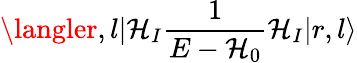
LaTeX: \langler,l|\mathcal{H}_{I}{\frac{{1}}{{E-\mathcal{H}_{0}}}}\mathcal{H}_{I}|r,l\rangle